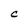
Character: C